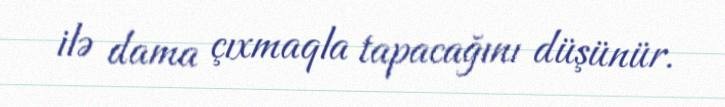
ilə dama çıxmaqla tapacağını düşünür.